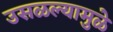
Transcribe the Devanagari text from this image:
उसळल्यामुळे